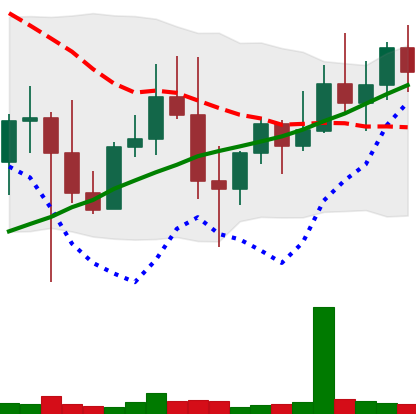
Ticker: XMR-USD
Chart end date: 2022-10-30
Forward return: 7.315%
Label: up_7plus